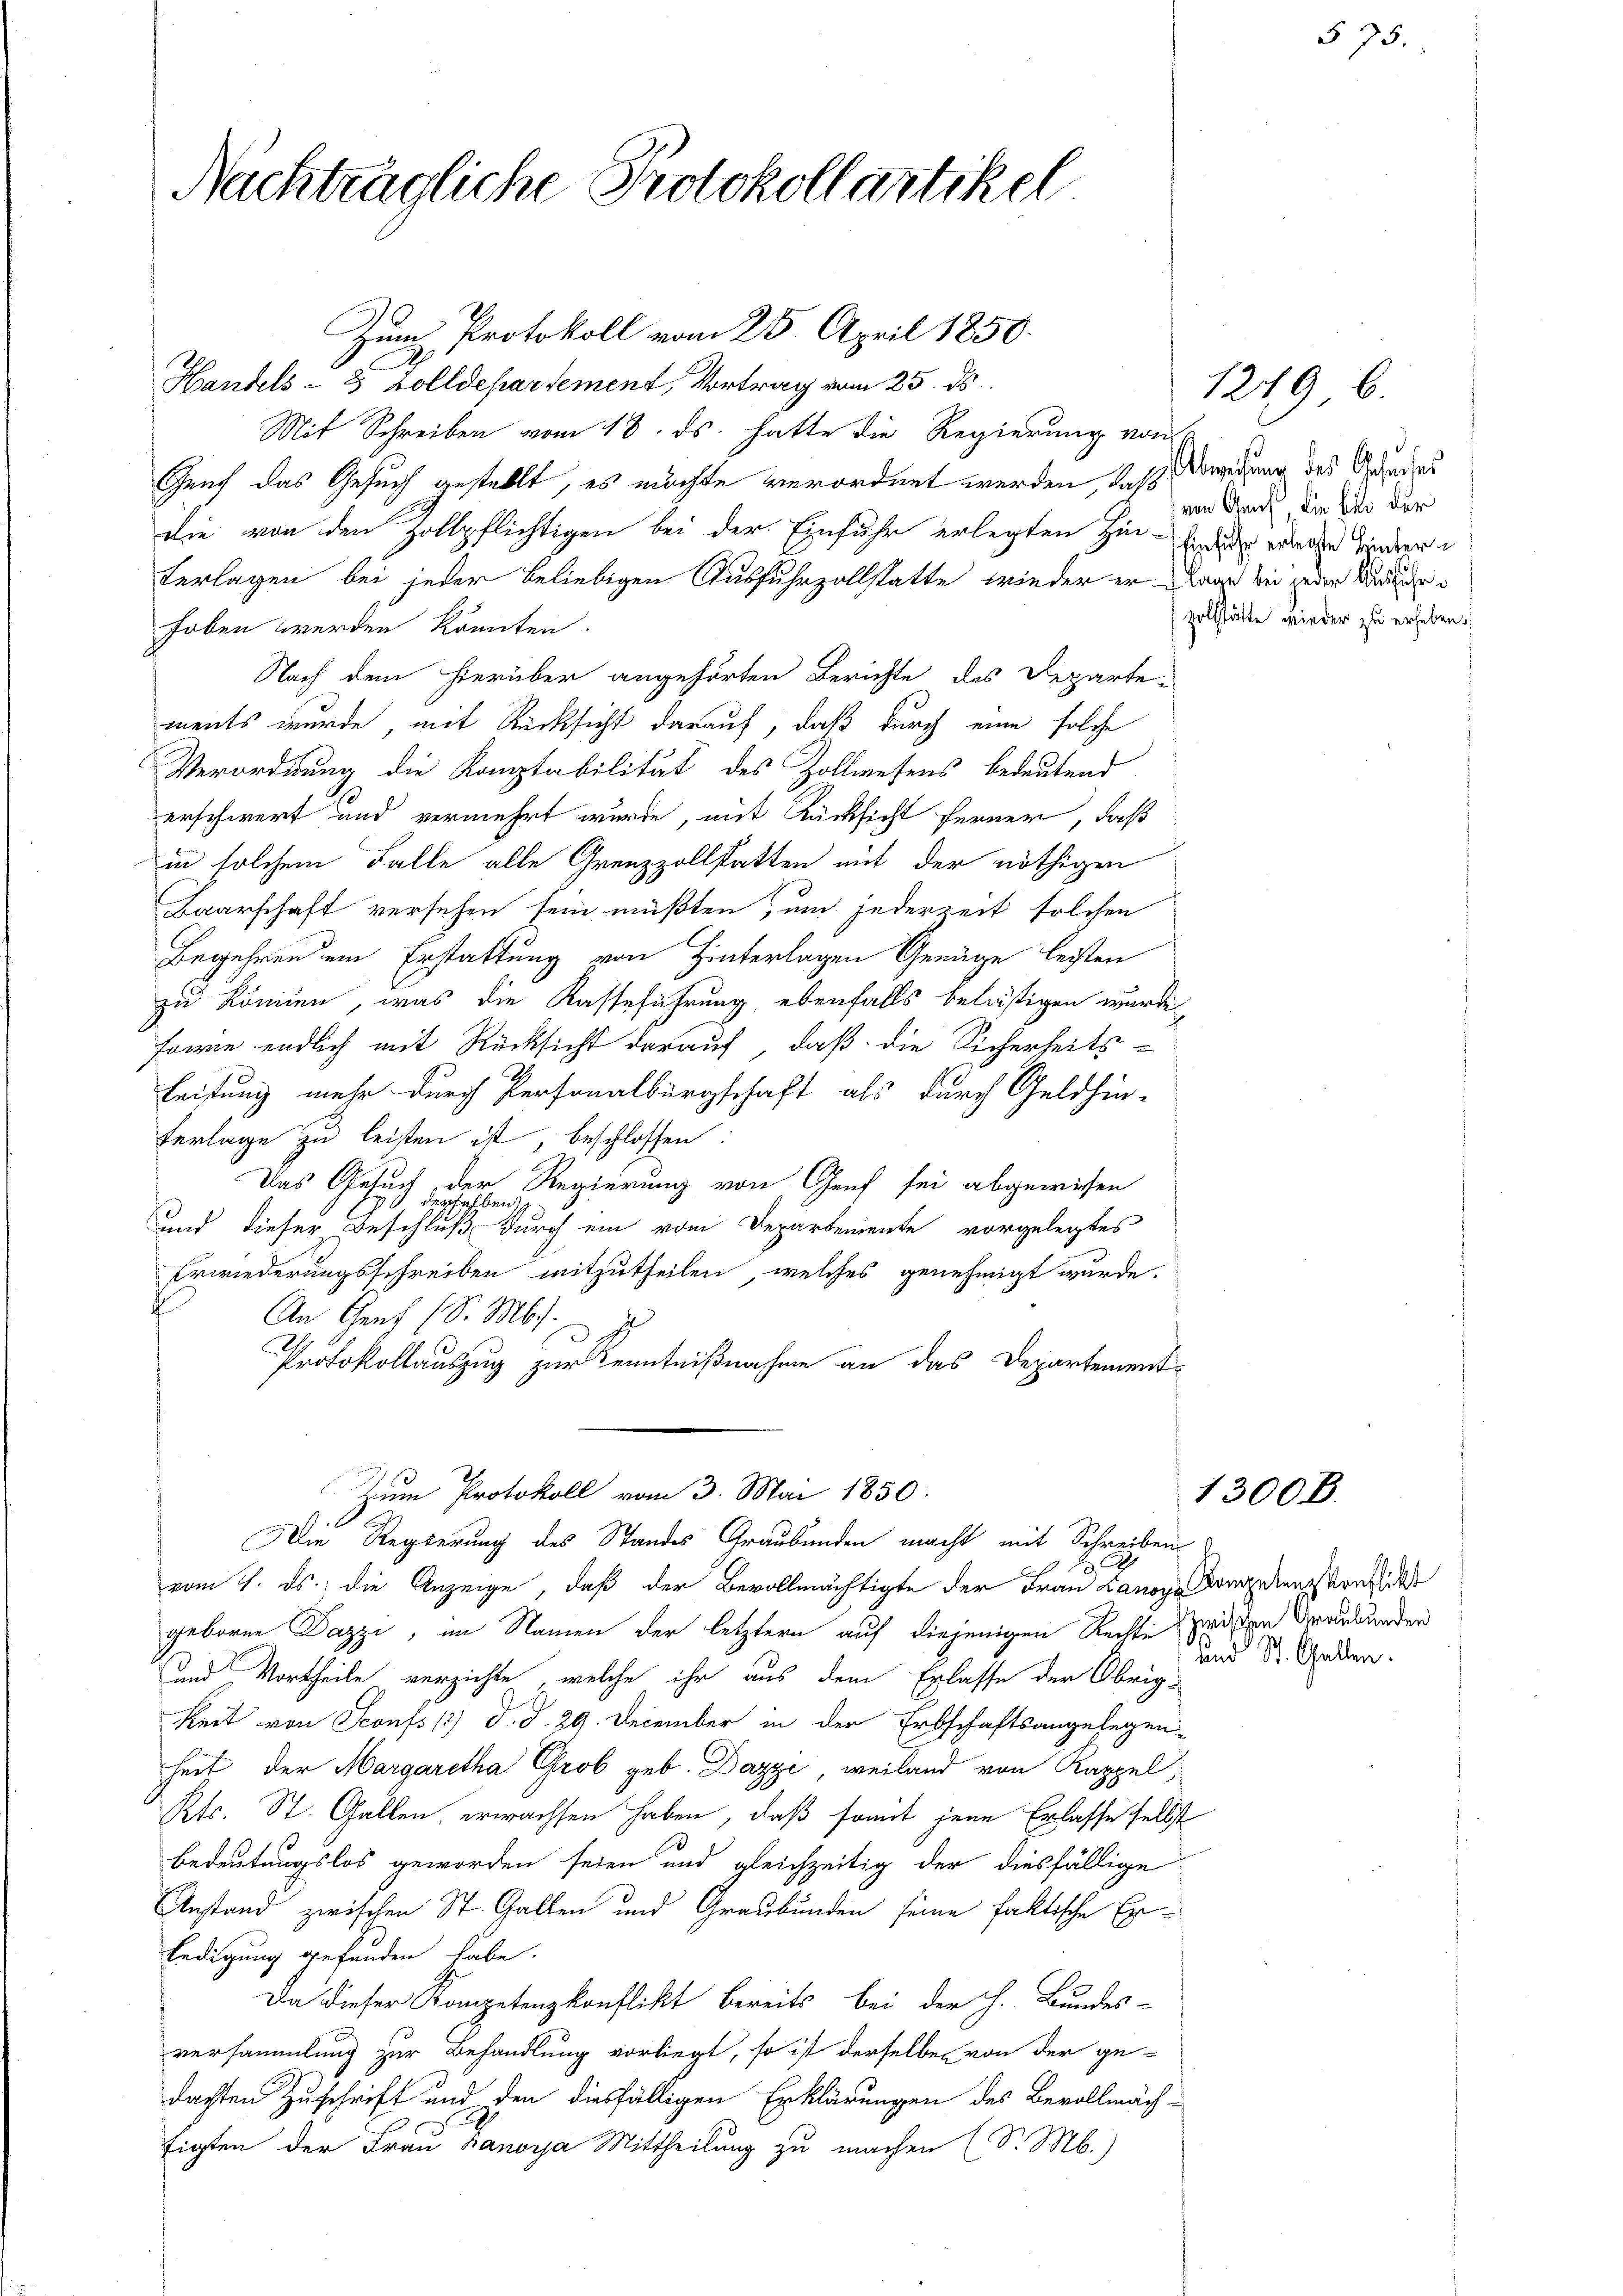
Nachträgliche Protokollartikel

Zum Protokoll vom 25. April 1850.
Handels- & Zolldepartement, Vortrag vom 25. ds.
Mit Schreiben vom 18. ds. hatte die Regierung von
Genf das Gesuch gestellt, es möchte verordnet werden, das Abweisung des Grades
die von den Zollpflichtigen bei der Einfuhr erlegten Hin- und welche hinder
terlagen bei jeder beliebigen Ausfuhrzollstatte, wieder er war bei jeder Marhoben werden könnten.
Nach dem hierüber angehörten Berichte des Departe-
ments wurde, mit Rücksicht darauf, daß durch eine solche
Verordnung die Komptabilität des Zollwesens bedeutend
erschwert und vermehrt wurde, mit Rücksicht ferner, daß
in solchem Falle alle Grenzzollstatten mit der nöthigen
Baarschaft versehen sein müßten, um jederzeit solchen
Begehren um Erstattung von Hinterlagen Genüge leisten
zu können, was die Kasteführung ebenfalls belästigen wurde,
könne endlich mit Rücksicht darauf, daß die Sicherheits-
leistung mehr durch Personalbürgschaft als durch Geldhin-
Verlage zu leisten ist, beschlossen:
Das Gesuch, der Regierung von Genf sei abgewiesen
und dieser Beschluss durch ein vom Departemente vorgelegtes
Erwiederungsschreiben mitzutheilen, welches genehmigt wurde.
An Genf (S. M.).
d
Protokollauszug zur Kenntnißnahme an das Departement-
Zum Protokoll vom 3. Mai 1850:
Die Regierung des Standes Graubünden macht mit Schreiben
d
vom 7. ds. die Anzeige, daß der Bevollmächtigte der Frau Lanope Donerenzkanzlich
geboren Dazzi, im Namen der letztern auf diejenigen Rechte zwisten Graubünden
und Vortheile verzichte, welche ihr aus dem Erlasse der Obrig-
keit von Sconfs 1) d. d. 29. December in der Erbschaftsangelegen
heit der Margaretha Grob geb. Dazye, weiland von Kappel,
Kts. St. Gallen, erwachsen haben, daß somit jene Erlasse selbst
bedeutungslos geworden seien und gleichzeitig der diesfällige
Anstand zwischen St. Gallen und Graubünden seine faktische Erledigung gefunden habe.
Da dieser Kompetenzkonflikt bereits bei der h. Bundes-
versammlung zur Behandlung vorliegt, so ist derselben von der ge-
dachten Zuschrift und den diesfälligen Erklärungen des Bevollmächtigten der Frau Hanorja Mittheilung zu machen (S. M.)

von Genf, die bei der
zolfstätte wieder zu erheben.

1249 b

1300B.

und St. Gallen.

§ 75.